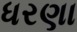
ધરણા